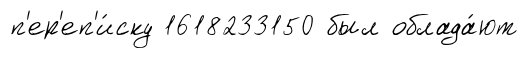
п'ер'еп'и́ску 1618233150 был облада́ют